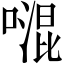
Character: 𠽞